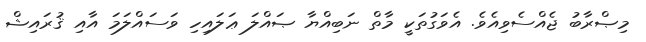
މިޞްރާބު ޖެއްސެވިއެވެ. އެވަގުތަކީ މާތް ނަބިއްޔާ ޞައްލަ ޢަލައިހި ވަސައްލަމަ އާއި ޤުރައިޝް